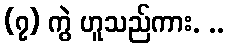
(၇) ကွဲ ဟူသည်ကား. ..